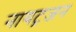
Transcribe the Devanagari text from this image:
नायट्रजन